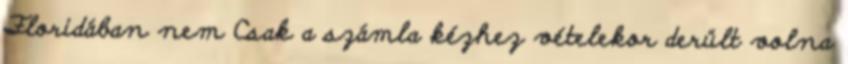
Floridában nem Csak a számla kézhez vételekor derült volna